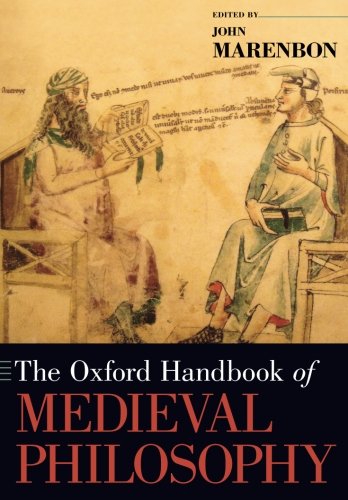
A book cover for The Oxford Handbook of Medieval Philosophy (Oxford Handbooks); Politics & Social Sciences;